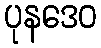
ပုနဒေဝ